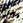
هل